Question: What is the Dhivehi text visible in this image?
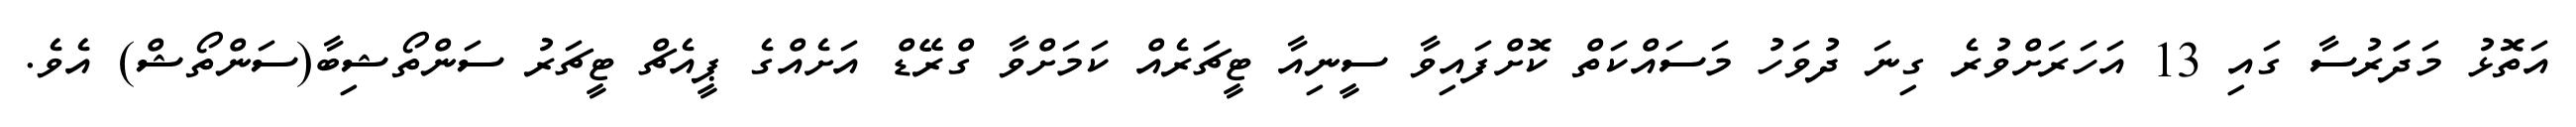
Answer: އަތޮޅު މަދަަރުސާ ގައި 13 އަހަރަށްވުރެ ގިނަ ދުވަހު މަސައްކަތް ކޮށްފައިވާ ސީނިއާ ޓީޗަރެއް ކަމަށްވާ ގްރޭޑް އަށެއްގެ ޕީއެޗް ޓީޗަރު ސަންތޯޝިބާ(ސަންތޯޝް) އެވެ.